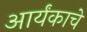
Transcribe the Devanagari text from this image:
आर्यंकाचे